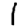
Digit: 1